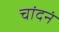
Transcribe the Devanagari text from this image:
चांदनं